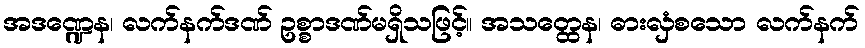
အဒဏ္ဍေန၊ လက်နက်ဒဏ် ဥစ္စာဒဏ်မရှိသဖြင့်။ အသတ္ထေန၊ ဓားလှံစသော လက်နက်